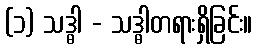
(၁) သဒ္ဓါ - သဒ္ဓါတရားရှိခြင်း။